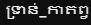
ទ្រាន់_កាតព្វ